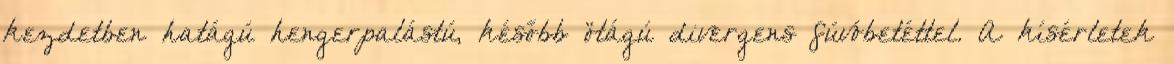
kezdetben hatágú hengerpalástú, később ötágú divergens fúvóbetéttel. A kísérletek